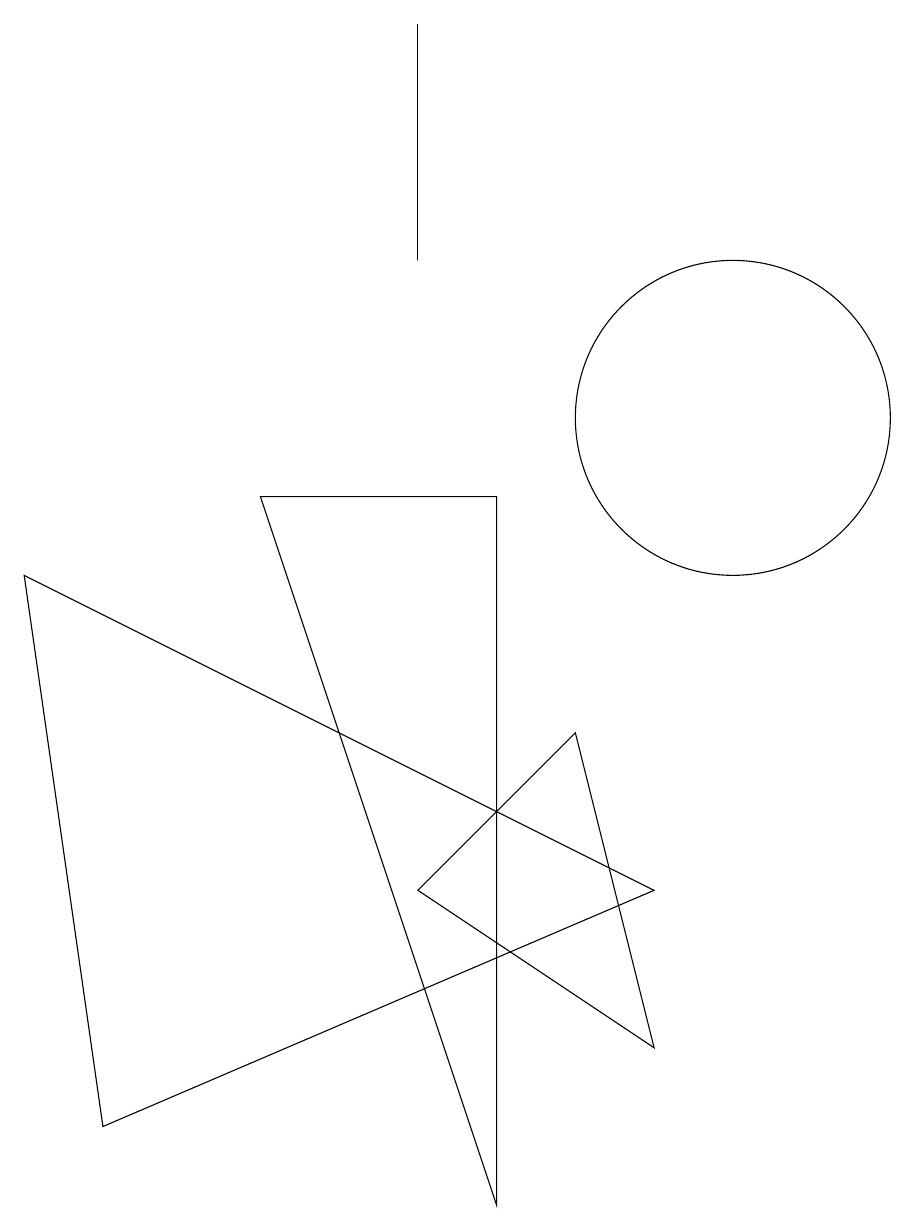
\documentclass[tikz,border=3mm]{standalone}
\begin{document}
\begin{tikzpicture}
\draw (2,1) -- (9,4) -- (1,8) -- cycle;
\draw (7,9) -- (7,0) -- (4,9) -- cycle;
\draw (6,12) rectangle (6,15);
\draw (9,2) -- (6,4) -- (8,6) -- cycle;
\draw (10,10) circle (2);
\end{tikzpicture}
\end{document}